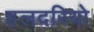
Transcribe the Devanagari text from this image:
हलदरियो